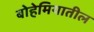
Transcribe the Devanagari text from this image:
बोहेमियातील